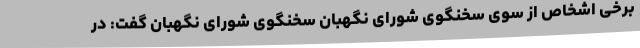
برخی اشخاص از سوی سخنگوی شورای نگهبان سخنگوی شورای نگهبان گفت: در